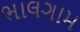
ભાલગામ